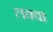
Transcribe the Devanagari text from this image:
लक्वा